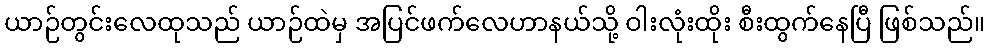
ယာဉ်တွင်းလေထုသည် ယာဉ်ထဲမှ အပြင်ဖက်လေဟာနယ်သို့ ဝါးလုံးထိုး စီးထွက်နေပြီ ဖြစ်သည်။